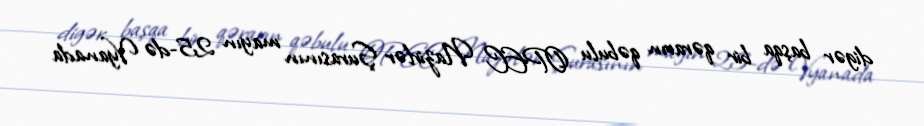
digər başqa bir qərarın qəbulu OPEC Nazirlər Şurasının mayın 25-də Vyanada